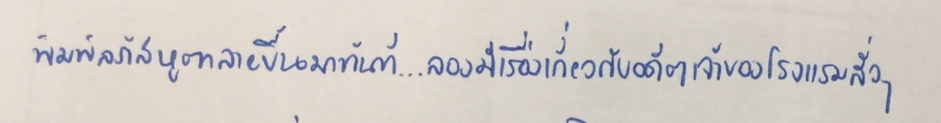
พิมพ์ลภัสหูตาลายขึ้นมาทันที...ลองมีเรื่องเกี่ยวกับอดีตเจ้าของโรงแรมสั่วๆ